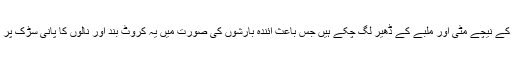
دوسری طرف شاہراہ جہلم ویلی پر نالوں پر بنائے گئے کروٹ کے نیچے مٹی اور ملبے کے ڈھیر لگ چکے ہیں جس باعث آئندہ بارشوں کی صورت میں یہ کروٹ بند اور نالوں کا پانی سڑک پر آجائیگا اور کروٹ ہاء کے متاثر ہونے کا بھی شدید خطرہ ہے۔